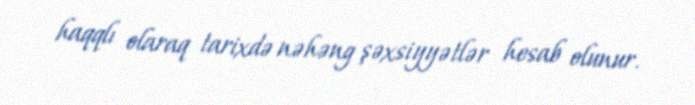
haqqlı olaraq tarixdə nəhəng şəxsiyyətlər hesab olunur.